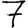
Digit: 7